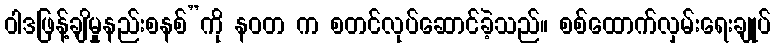
ဝါဒဖြန့်ချိမှုနည်းစနစ်”ကို နဝတ က စတင်လုပ်ဆောင်ခဲ့သည်။ စစ်ထောက်လှမ်းရေးချုပ်